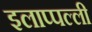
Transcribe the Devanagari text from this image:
इलाप्पल्ली